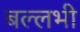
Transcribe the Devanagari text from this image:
बल्लभी